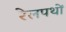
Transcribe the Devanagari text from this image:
रेलपथों